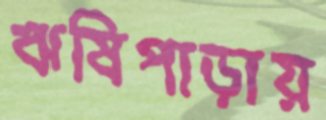
ঋষিপাড়ায়